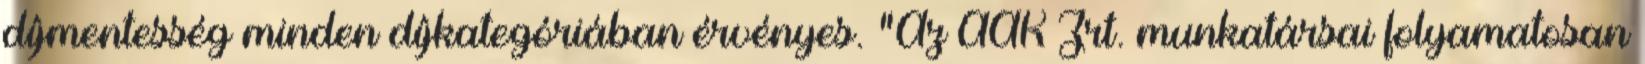
díjmentesség minden díjkategóriában érvényes. "Az ÁAK Zrt. munkatársai folyamatosan